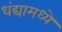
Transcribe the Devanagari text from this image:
धंद्यामध्ये